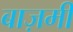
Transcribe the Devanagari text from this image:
बाज़मी